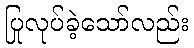
ပြုလုပ်ခဲ့သော်လည်း